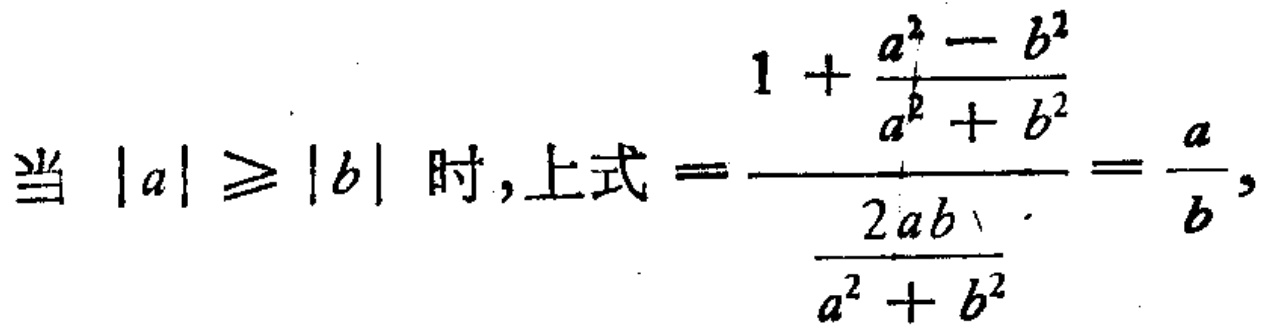
当 \(|a|\geqslant |b|\) 时,上式\(=\frac{1 + \frac{a^{2}-b^{2}}{a^{2}+b^{2}}}{\frac{2ab}{a^{2}+b^{2}}}=\frac{a}{b},\)